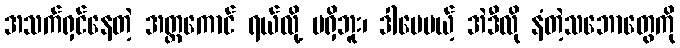
အသက်ရှင်နေတဲ့ အတ္တကောင် ရယ်လို့ မရှိဘူး၊ ဒါပေမယ့် အဲဒီလို နံတဲ့သဘောတွေကို